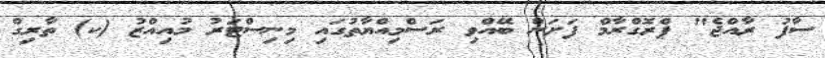
ސާފު ރާއްޖެ" ޕްރޮގްރާމް ފަށަން ބޭއްވި ރަސްމިއްޔާތުގައި މިނިސްޓަރު މުއިއްޒު (ކ) ތާރިގް